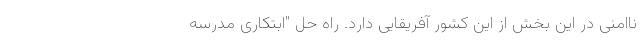
ناامنی در این بخش از این کشور آفریقایی دارد. راه حل "ابتکاری مدرسه